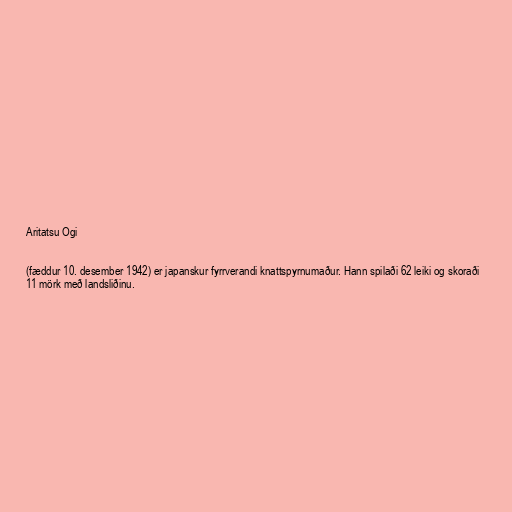
Aritatsu Ogi

(fæddur 10. desember 1942) er japanskur fyrrverandi knattspyrnumaður. Hann spilaði 62 leiki og skoraði
11 mörk með landsliðinu.